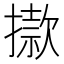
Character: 𢴪